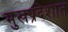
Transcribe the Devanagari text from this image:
मुखप्रदेशात